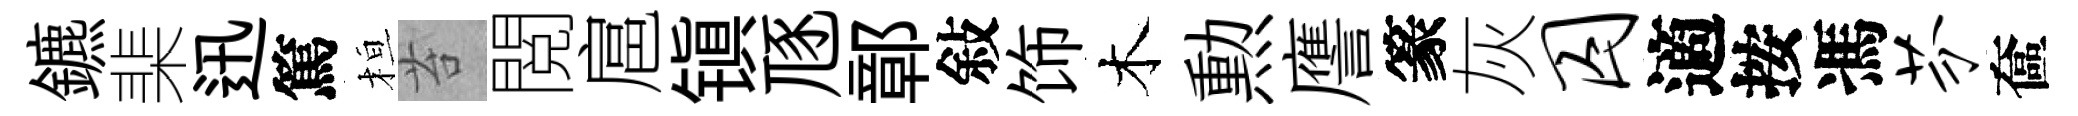
鑣棐迅篤桓苔閲扈镇豗鄣敍饰木勲譍篆灰囚適按馮芬奩